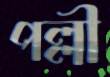
পল্লী